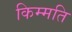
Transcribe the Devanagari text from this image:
किम्मति